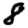
Digit: 8